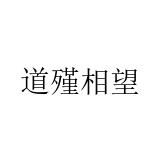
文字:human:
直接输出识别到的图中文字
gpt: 道殣相望